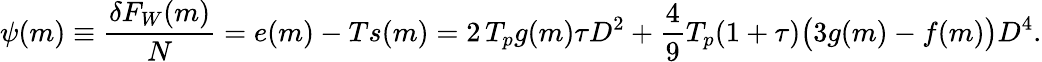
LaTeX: \begin{array}{ccc}{\displaystyle{\psi(m)\equiv\frac{\delta F_{W}(m)}{N}=e(m)-Ts(m)=2\, T_{p}g(m)\tau D^{2}+\frac{4}{9}T_{p}(1+\tau)\big(3g(m)-f(m)\big)D^{4}.}}\end{array}